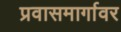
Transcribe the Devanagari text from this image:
प्रवासमार्गावर